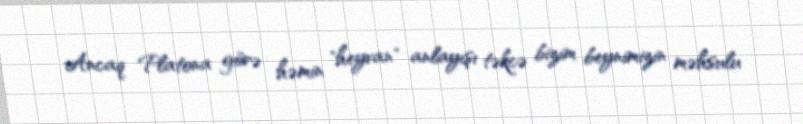
Ancaq Platona görə həmin "heyvan" anlayışı təkcə bizim beynimizin məhsulu